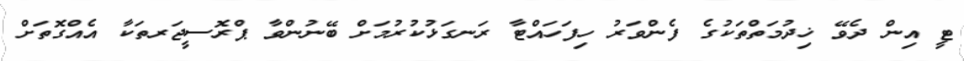
ޓީ އިން ދެވޭ ޚިދުމަތްތަކުގެ ފެންވަރު ހިފަހައްޓާ ރަނގަޅުކުރުމަށް ބޭނުންވާ ޕްރޮސީޖަރތަކާ އެއްގޮތަށް